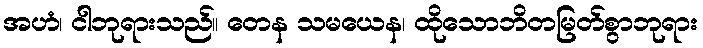
အဟံ၊ ငါဘုရားသည်။ တေန သမယေန၊ ထိုသောဘိတမြတ်စွာဘုရား